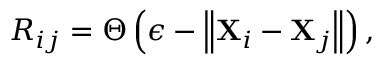
R _ { i j } = \Theta \left( \epsilon - \left\| \mathbf { X } _ { i } - \mathbf { X } _ { j } \right\| \right) ,